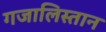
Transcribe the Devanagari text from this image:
गजालिस्तान